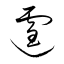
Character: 霆